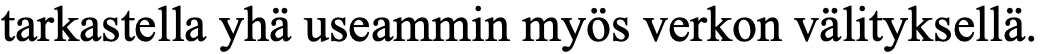
tarkastella yhä useammin myös verkon välityksellä.